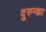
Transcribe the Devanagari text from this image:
दुरुन्का